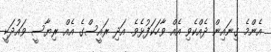
އެންމެ ގިނައިން ދެއްކެވި އެއް ވާހަކަފުޅެވެ. އަދި ރައީސްގެ އެއް ރިޔާސީ ވައުދަކީ